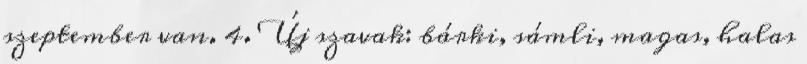
szeptember van. 4. Új szavak: bárki, sámli, magas, halas